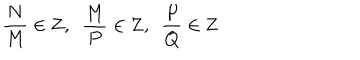
{ \frac { N } { M } } \in { \bf Z } , \, \, \, { \frac { M } { P } } \in { \bf Z } , \, \, \, { \frac { P } { Q } } \in { \bf Z }